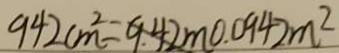
9 4 2 c m ^ { 2 } = 9 . 4 2 m 0 . 0 9 4 2 m ^ { 2 }